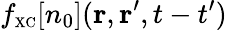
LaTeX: f_{\scriptscriptstyle\mathrm{XC}}[n_{0}]({\mathbf r},{\mathbf r}^{\prime},t-t^{\prime})